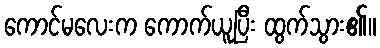
ကောင်မလေးက ကောက်ယူပြီး ထွက်သွား၏။